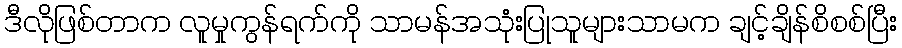
ဒီလိုဖြစ်တာက လူမှုကွန်ရက်ကို သာမန်အသုံးပြုသူများသာမက ချင့်ချိန်စိစစ်ပြီး